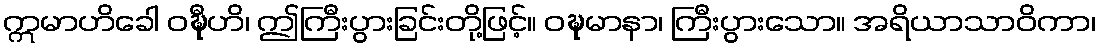
ဣမာဟိခေါ ဝဍ္ဎီဟိ၊ ဤကြီးပွားခြင်းတို့ဖြင့်။ ဝဍ္ဎမာနာ၊ ကြီးပွားသော။ အရိယာသာဝိကာ၊